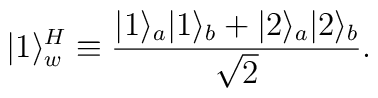
|1\rangle^H_w \equiv {|1\rangle_a|1\rangle_b + |2\rangle_a|2\rangle_b\over \sqrt{2} }.